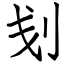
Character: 刬